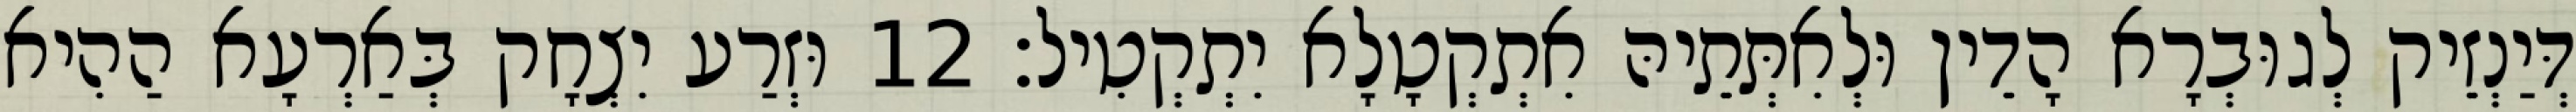
דְּיַנְזֵיק לְגוּבְרָא הָדֵין וּלְאִתְּתֵיהּ אִתְקְטָלָא יִתְקְטִיל׃ 12 וּזְרַע יִצְחָק בְּאַרְעָא הַהִיא